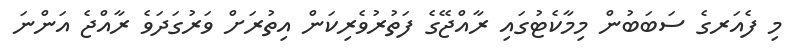
މި ފެއަރގެ ސަބަބުން މިމާކެޓުގައި ރާއްޖޭގެ ފަތުރުވެރިކަން އިތުރަށް ވަރުގަދަވެ ރާއްޖެ އަންނަ